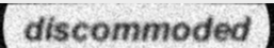
discommoded